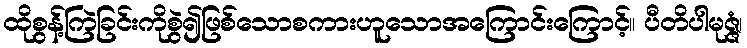
ထိုစွန့်ကြဲခြင်းကိုစွဲ၍ဖြစ်သောစကားဟူသောအကြောင်းကြောင့်။ ပီတိပါမုဇ္ဇံ၊